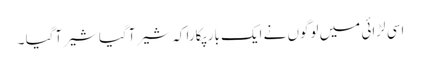
اسی لڑائی میں لوگوں نے ایک بار پکارا کہ شیر آگیا شیر آگیا ۔